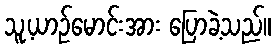
သူ့ယာဉ်မောင်းအား ပြောခဲ့သည်။